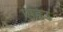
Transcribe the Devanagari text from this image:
एडिउ